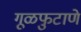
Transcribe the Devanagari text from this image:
गूळफुटाणे